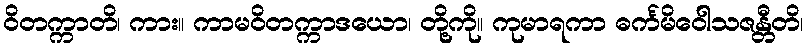
ဝိတက္ကာတိ၊ ကား။ ကာမဝိတက္ကာဒယော၊ တို့ကို။ ကုမာရကာ ဓင်္ကမိဝေါသဇန္တီတိ၊